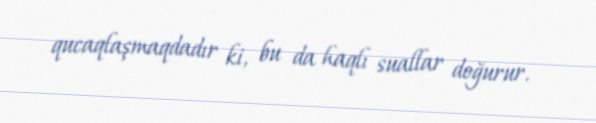
qucaqlaşmaqdadır ki, bu da haqlı suallar doğurur.